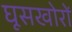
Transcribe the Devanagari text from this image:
घूसखोरों